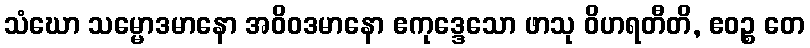
သံဃော သမ္မောဒမာနော အဝိဝဒမာနော ဧကုဒ္ဒေသော ဖာသု ဝိဟရတီတိ, ဧဝဉ္စ တေ